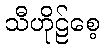
သီဟိုဠ်စေ့